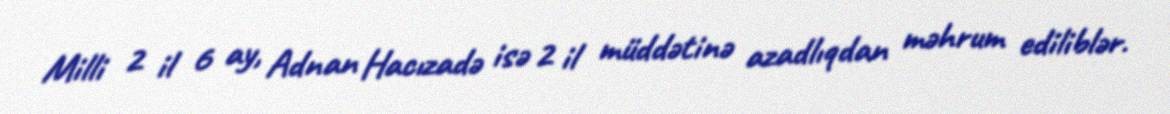
Milli 2 il 6 ay, Adnan Hacızadə isə 2 il müddətinə azadlıqdan məhrum ediliblər.